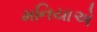
મનિયાએ